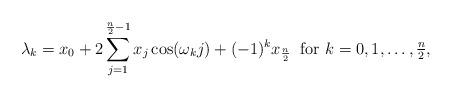
LaTeX: \begin{align*}\lambda_k=x_0+2\sum_{j=1}^{\frac{n}{2}-1}x_j\cos(\omega_k j)+(-1)^kx_{\frac{n}{2}}\;\;\mbox{for $k=0,1,\ldots,\frac{n}{2}$},\end{align*}